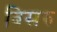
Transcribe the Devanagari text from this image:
बिसरु